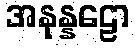
အနုန္နဠော